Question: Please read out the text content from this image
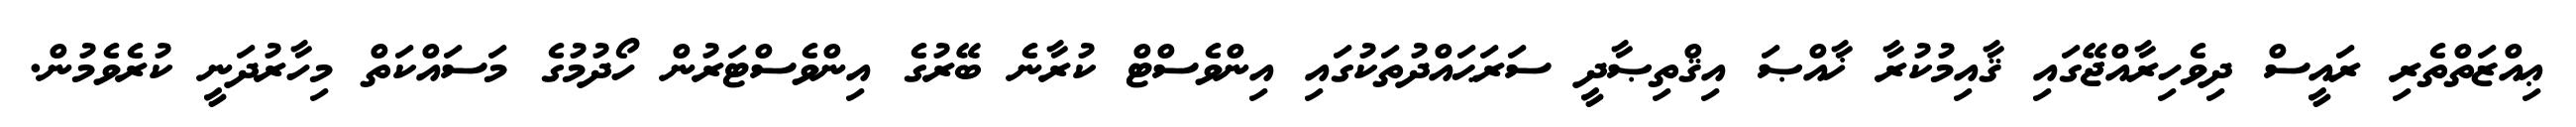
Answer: ޢިއްޒަތްތެރި ރައީސް ދިވެހިރާއްޖޭގައި ޤާއިމުކުރާ ޚާއްޞަ އިޤްތިޞާދީ ސަރަޙައްދުތަކުގައި އިންވެސްޓް ކުރާނެ ބޭރުގެ އިންވެސްޓަރުން ހޯދުމުގެ މަސައްކަތް މިހާރުދަނީ ކުރެވެމުން.